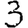
Digit: 3